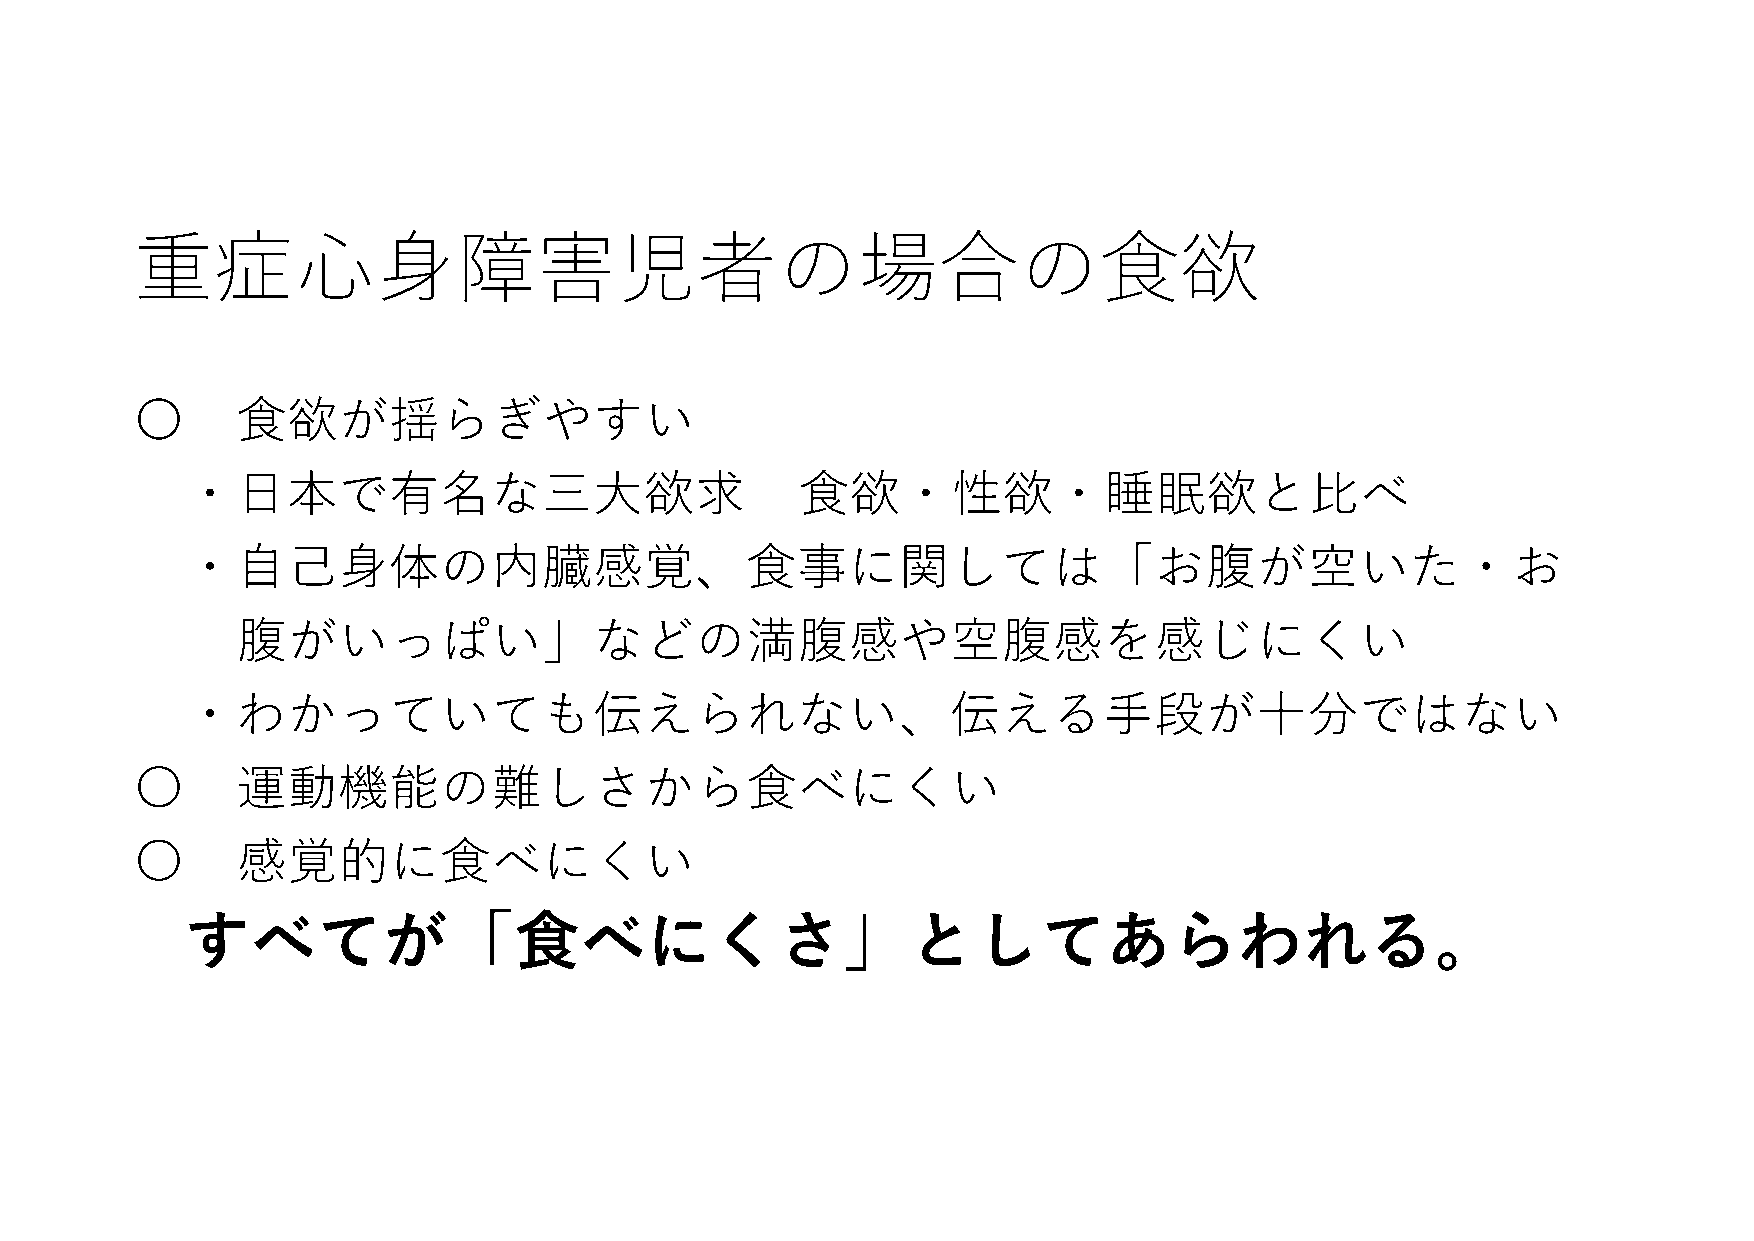
重症心身障害児者の場合の食欲
 〇      食欲が揺らぎやすい
 ・日本で有名な三大欲求                              食欲・性欲・睡眠欲と比べ
 ・自己身体の内臓感覚、食事に関しては「お腹が空いた・お
 腹がいっぱい」などの満腹感や空腹感を感じにくい
 ・わかっていても伝えられない、伝える手段が十分ではない
 〇      運動機能の難しさから食べにくい
 〇      感覚的に食べにくい
 すべてが「食べにくさ」としてあらわれる。